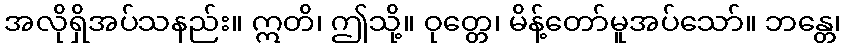
အလိုရှိအပ်သနည်း။ ဣတိ၊ ဤသို့။ ဝုတ္တေ၊ မိန့်တော်မူအပ်သော်။ ဘန္တေ၊